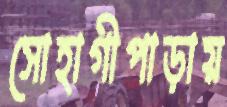
সোহাগীপাড়ায়